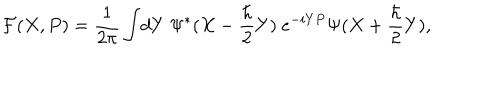
{ \cal F } ( X , P ) = { \frac { 1 } { 2 \pi } } \int \! d Y ~ \Psi ^ { * } ( X - { \frac { \hbar } { 2 } } Y ) ~ e ^ { - i Y P } \Psi ( X + { \frac { \hbar } { 2 } } Y ) ,